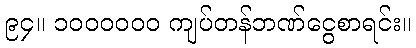
၉၄။ ၁၀၀၀၀၀၀ ကျပ်တန်ဘဏ်ငွေစာရင်း။